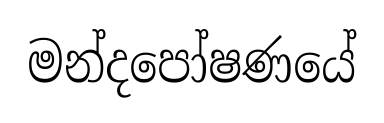
මන්දපෝෂණයේ